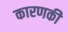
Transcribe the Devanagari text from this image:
कारणकी